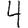
Digit: 4